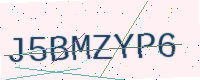
Text: J5BMZYP6